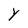
Character: Y